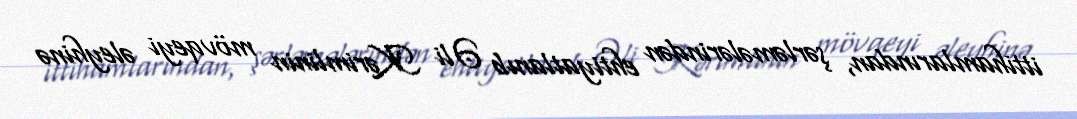
ittihamlarından, şərləmələrindən ehtiyatlanıb Əli Kərimlinin mövqeyi əleyhinə